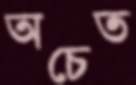
অচেত